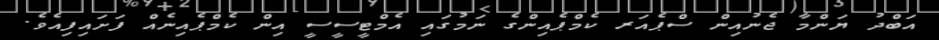
އަބްދު ޔަންމާ ޖެނުއިން ސްޕެއަރ ކެމްޕެއިންގެ ނަމުގައި އެމްޓީސީސީ އިން ކެމްޕެއިނެއް ފަށައިފިއެވެ.